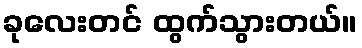
ခုလေးတင် ထွက်သွားတယ်။